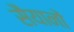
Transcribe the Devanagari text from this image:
सैयानों